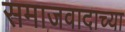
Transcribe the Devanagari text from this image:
समाजवादाच्या